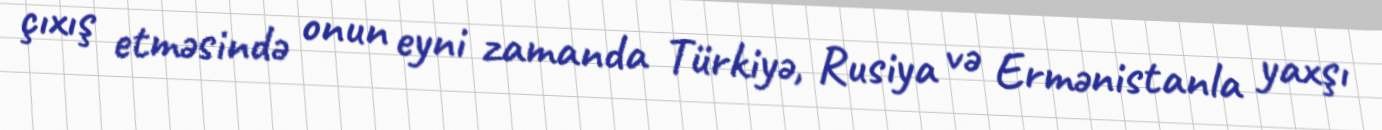
çıxış etməsində onun eyni zamanda Türkiyə, Rusiya və Ermənistanla yaxşı